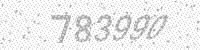
Solution: 783990